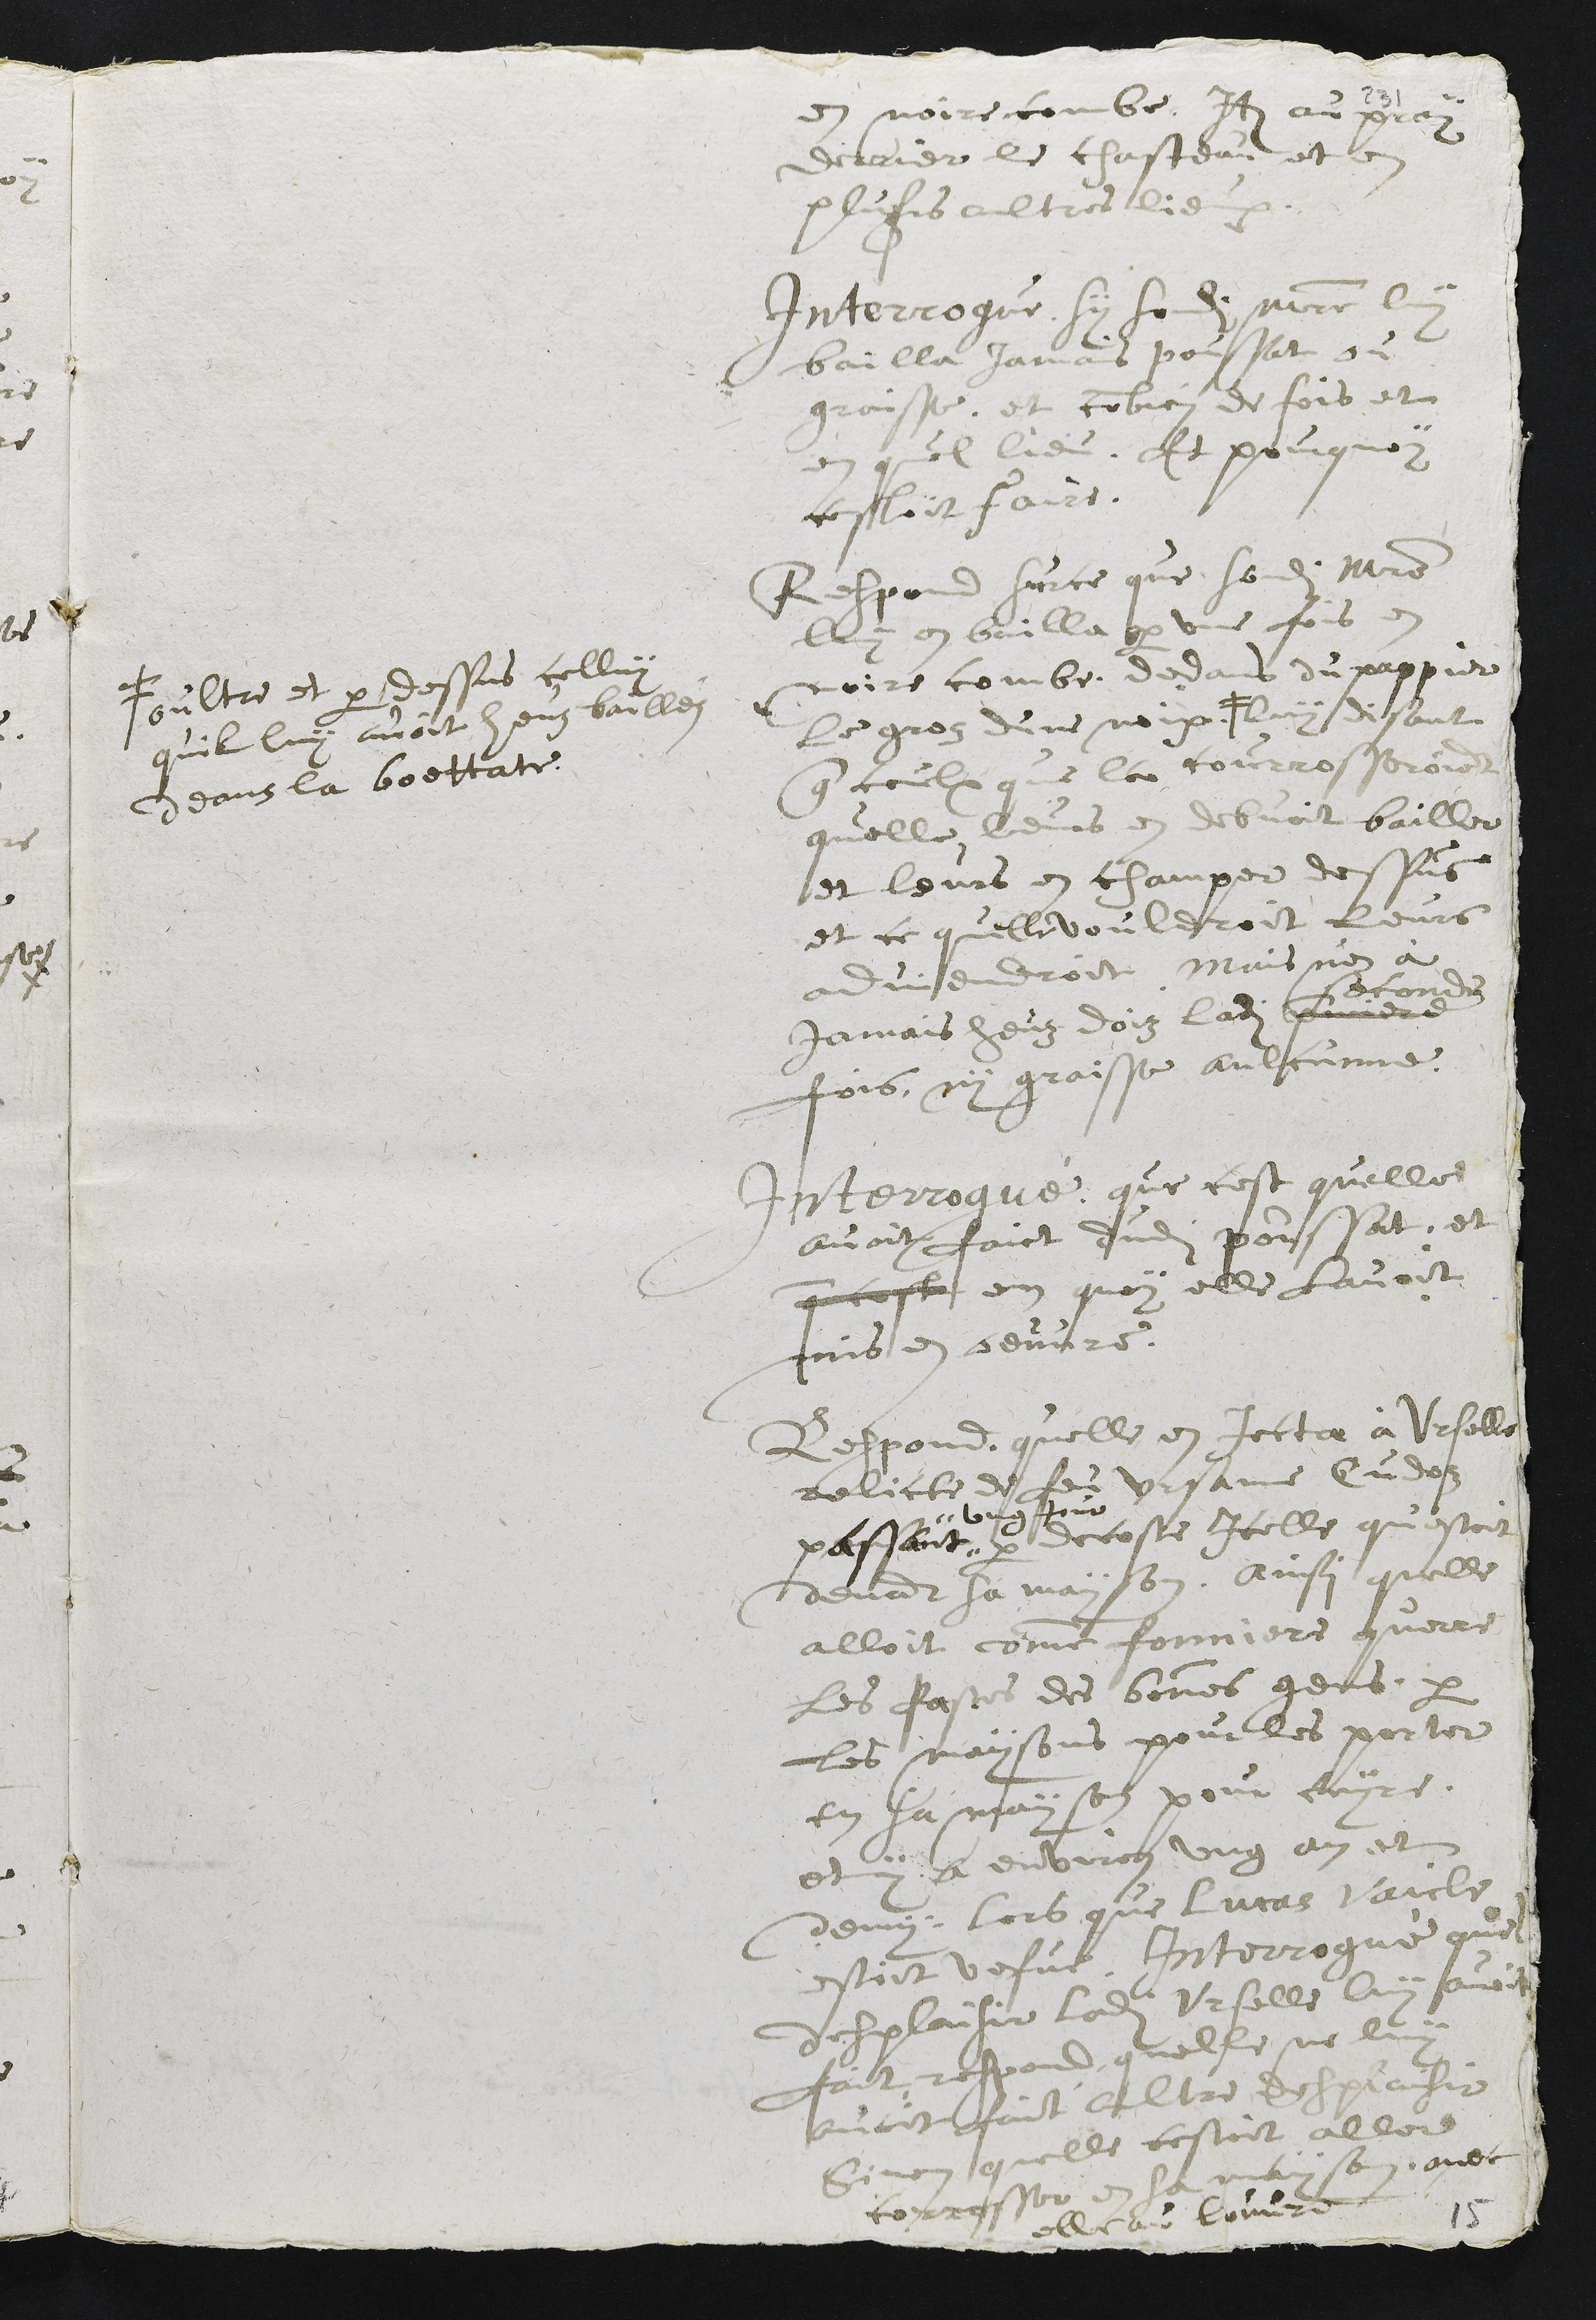
en noire combe. Item au pray
derrier le chasteau et en
plusieurs aultres lieux.
Interrogue, sy sondit maistre luy
bailla jamais poussat ou
graisse, et combien de fois et
en quel lieu. Et pourquoy
cestoit faire.
Respond sur ce que sondit maistre
luy en bailla par une fois en
noitre combe, dedans du pappier
le groz dune noix. #
# oultre et par dessus celluy
quil luy avoir heuz bailléz
deans la boettate.
luy disant
que ceulx que l'on courrosseroient
quelle leurs en debvoit bailler
et leurs en champer dessus
et ce quelle vouldroit leurs
adviendroit. Mais n'en à
jamais heuz doiz ladite premiere
seconde
fois, ny graisse aulcunne.
Interrogué, que cest quelle
avoit faict dudit poussat, et
que ceste en quoy elle lavoit
mis en oeuvre.
Respond, quelle en jecta à Urselle
relicte de feu Ursanne Cudoz
passant "
" ung jour
par de coste icelle qu'estoit
devant sa mayon, ainsi quelle
alloit comme forniere querre
les pastes des bonnes gens, par
les maysons pour les porter
en sa mayson pour cuyre.
et y a environ ung ans et
demy, lors que Lucas Vaicle
estoit vefve. Interrogué quel
desplaisir ladite Urselle luy avoit
fait, respond quelle ne luy
avoit fait altre desplaisir
Sinon quelle sestoit aller
corrosser en sa mayson, avec
elle au Louvre